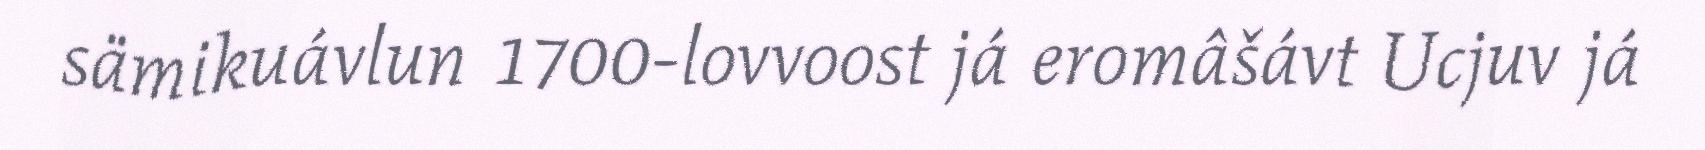
sämikuávlun 1700-lovvoost já eromâšávt Ucjuv já